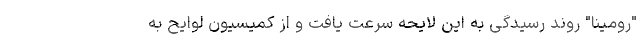
"رومینا" روند رسیدگی به این لایحه سرعت یافت و از کمیسیون لوایح به